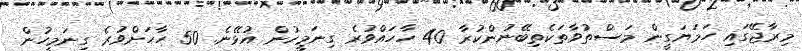
މިރާޖޭގައި ހަމަޔަގީން މަސްތުވާތަކެތިބޭނުންކުރާ 40 ހާހައްވުރެ ގިނަމީހުން އުޅޭނެ. 50 ހާހަށްވުރެ ގިނަމީހުން